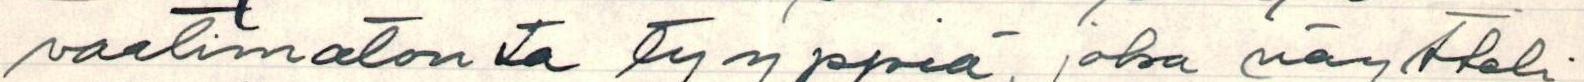
vaatimatonta tyyppiä, joka näytteli